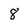
Character: 8